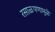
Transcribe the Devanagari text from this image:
रसाळपणामुळे